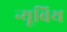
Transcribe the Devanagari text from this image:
न्यूबिथ